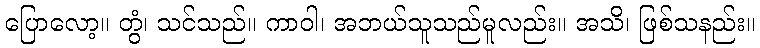
ပြောလော့။ တွံ၊ သင်သည်။ ကာဝါ၊ အဘယ်သူသည်မူလည်း။ အသိ၊ ဖြစ်သနည်း။